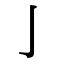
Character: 亅